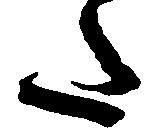
た